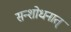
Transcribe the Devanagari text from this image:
सन्शोधनात्